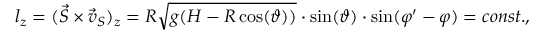
l _ { z } = ( \vec { S } \times \vec { v } _ { S } ) _ { z } = R \sqrt { g ( H - R \cos ( \vartheta ) ) } \cdot \sin ( \vartheta ) \cdot \sin ( \varphi ^ { \prime } - \varphi ) = c o n s t . ,